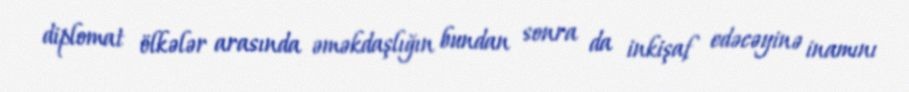
diplomat ölkələr arasında əməkdaşlığın bundan sonra da inkişaf edəcəyinə inamını